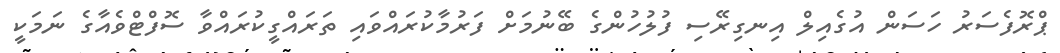
ޕްރޮފެސަރު ހަސަން އުގެއިލް އިނގިރޭސި ފުލުހުންގެ ބޭނުމަށް ފަރުމާކުރައްވައި ތަރައްގީކުރައްވާ ސޮފްޓްވެއާގެ ނަމަކީ